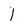
Character: I